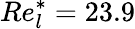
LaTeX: Re_{l}^{\ast}=23.9